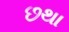
છથા